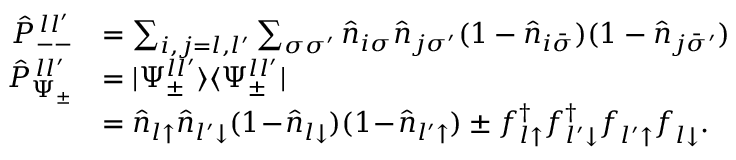
\begin{array} { r l } { \hat { P } _ { -- } ^ { \, l l ^ { \prime } } } & { = \sum _ { i , j = l , l ^ { \prime } } \sum _ { \sigma \sigma ^ { \prime } } \hat { n } _ { i \sigma } \hat { n } _ { j \sigma ^ { \prime } } ( 1 - \hat { n } _ { i \bar { \sigma } } ) ( 1 - \hat { n } _ { j \bar { \sigma } ^ { \prime } } ) } \\ { \hat { P } _ { \Psi _ { \pm } } ^ { \, l l ^ { \prime } } } & { = | \Psi _ { \pm } ^ { l l ^ { \prime } } \rangle \langle \Psi _ { \pm } ^ { l l ^ { \prime } } | } \\ & { = \hat { n } _ { l \uparrow } \hat { n } _ { l ^ { \prime } \downarrow } ( 1 \! - \! \hat { n } _ { l \downarrow } ) ( 1 \! - \! \hat { n } _ { l ^ { \prime } \uparrow } ) \pm f _ { l \uparrow } ^ { \dagger } f _ { l ^ { \prime } \downarrow } ^ { \dagger } f _ { l ^ { \prime } \uparrow } ^ { \phantom { \dagger } } f _ { l \downarrow } ^ { \phantom { \dagger } } . } \end{array}